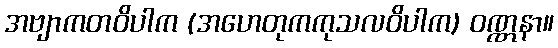
အဗျာကတဝိပါက (အဟေတုကကုသလဝိပါက) ဝဏ္ဏနာ။